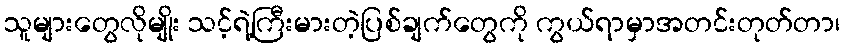
သူများတွေလိုမျိုး သင့်ရဲ့ကြီးမားတဲ့ပြစ်ချက်တွေကို ကွယ်ရာမှာအတင်းတုတ်တာ၊